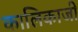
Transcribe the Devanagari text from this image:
कालिकाजी